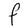
Character: F